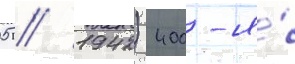
05 // 1942) 400-я́